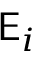
\mathsf { E } _ { i }